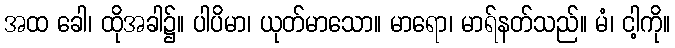
အထ ခေါ၊ ထိုအခါ၌။ ပါပိမာ၊ ယုတ်မာသော။ မာရော၊ မာရ်နတ်သည်။ မံ၊ ငါ့ကို။